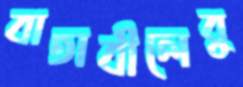
বাতাবীলেবু